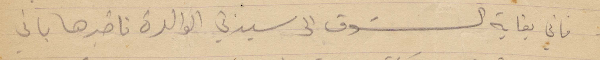
فاني بغاية الشوق الى سيدتي الوالدة فاخبرها باني